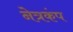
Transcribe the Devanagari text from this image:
नेत्रकंप